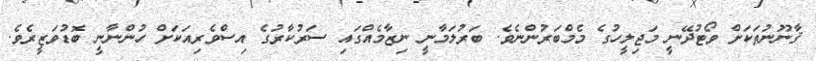
ޤާނޫނުތަކަށް ވޯޓުދޭނީ މަޖިލީހުގެ މެމްބަރުންނެވެ. ބަރުލަމާނީ ނިޒާމެއްގައި ސަރުކާރުގެ އިސްވެރިއަކަށް ހުންނާނީ ބޮޑުވަޒީރެވެ.